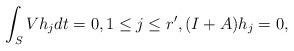
LaTeX: \begin{align*} \int_S Vh_j dt = 0, 1 \leq j \leq r', (I+A)h_j=0, \end{align*}